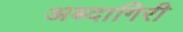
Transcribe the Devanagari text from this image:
अब्दागिरी